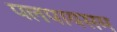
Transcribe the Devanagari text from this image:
पलपायसम